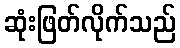
ဆုံးဖြတ်လိုက်သည်